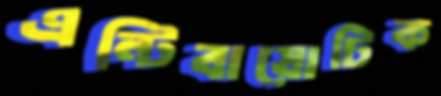
এন্টিবায়োটিক